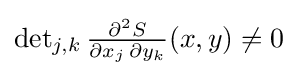
{\textstyle \det _{j,k}{\frac {\partial ^{2}S}{\partial x_{j}\,\partial y_{k}}}(x,y)\neq 0}